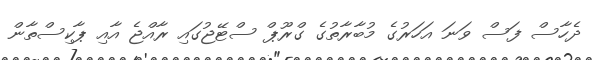
ދެހާސް ފަސް ވަނަ އަހަރުގެ މުބާރާތުގެ ގްރޫޕް ސްޓޭޖުގައި ރާއްޖެ އާއި ޕާކިސްތާން